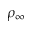
\rho _ { \infty }